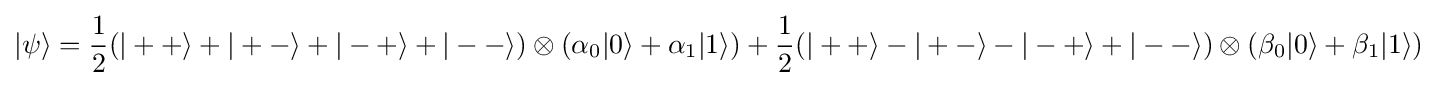
|\psi \rangle ={\frac {1}{2}}(|++\rangle +|+-\rangle +|-+\rangle +|--\rangle )\otimes (\alpha _{0}|0\rangle +\alpha _{1}|1\rangle )+{\frac {1}{2}}(|++\rangle -|+-\rangle -|-+\rangle +|--\rangle )\otimes (\beta _{0}|0\rangle +\beta _{1}|1\rangle )